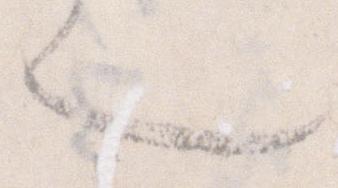
也